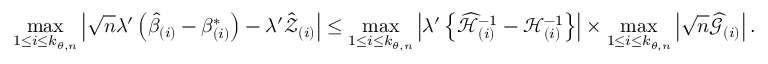
\operatorname* { m a x } _ { 1 \leq i \leq k _ { \theta , n } } \left\vert \sqrt { n } \lambda ^ { \prime } \left( \hat { \beta } _ { ( i ) } - \beta _ { ( i ) } ^ { \ast } \right) - \lambda ^ { \prime } \mathcal { \hat { Z } } _ { ( i ) } \right\vert \leq \operatorname* { m a x } _ { 1 \leq i \leq k _ { \theta , n } } \left\vert \lambda ^ { \prime } \left\{ \widehat { \mathcal { H } } _ { ( i ) } ^ { - 1 } - \mathcal { H } _ { ( i ) } ^ { - 1 } \right\} \right\vert \times \operatorname* { m a x } _ { 1 \leq i \leq k _ { \theta , n } } \left\vert \sqrt { n } \widehat { \mathcal { G } } _ { ( i ) } \right\vert .